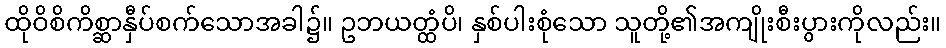
ထိုဝိစိကိစ္ဆာနှီပ်စက်သောအခါ၌။ ဥဘယတ္ထံပိ၊ နှစ်ပါးစုံသော သူတို့၏အကျိုးစီးပွားကိုလည်း။